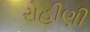
રોહીણી